NAE_ERA_R-1665_Eesti_Kunstnike_Liit, lk 66
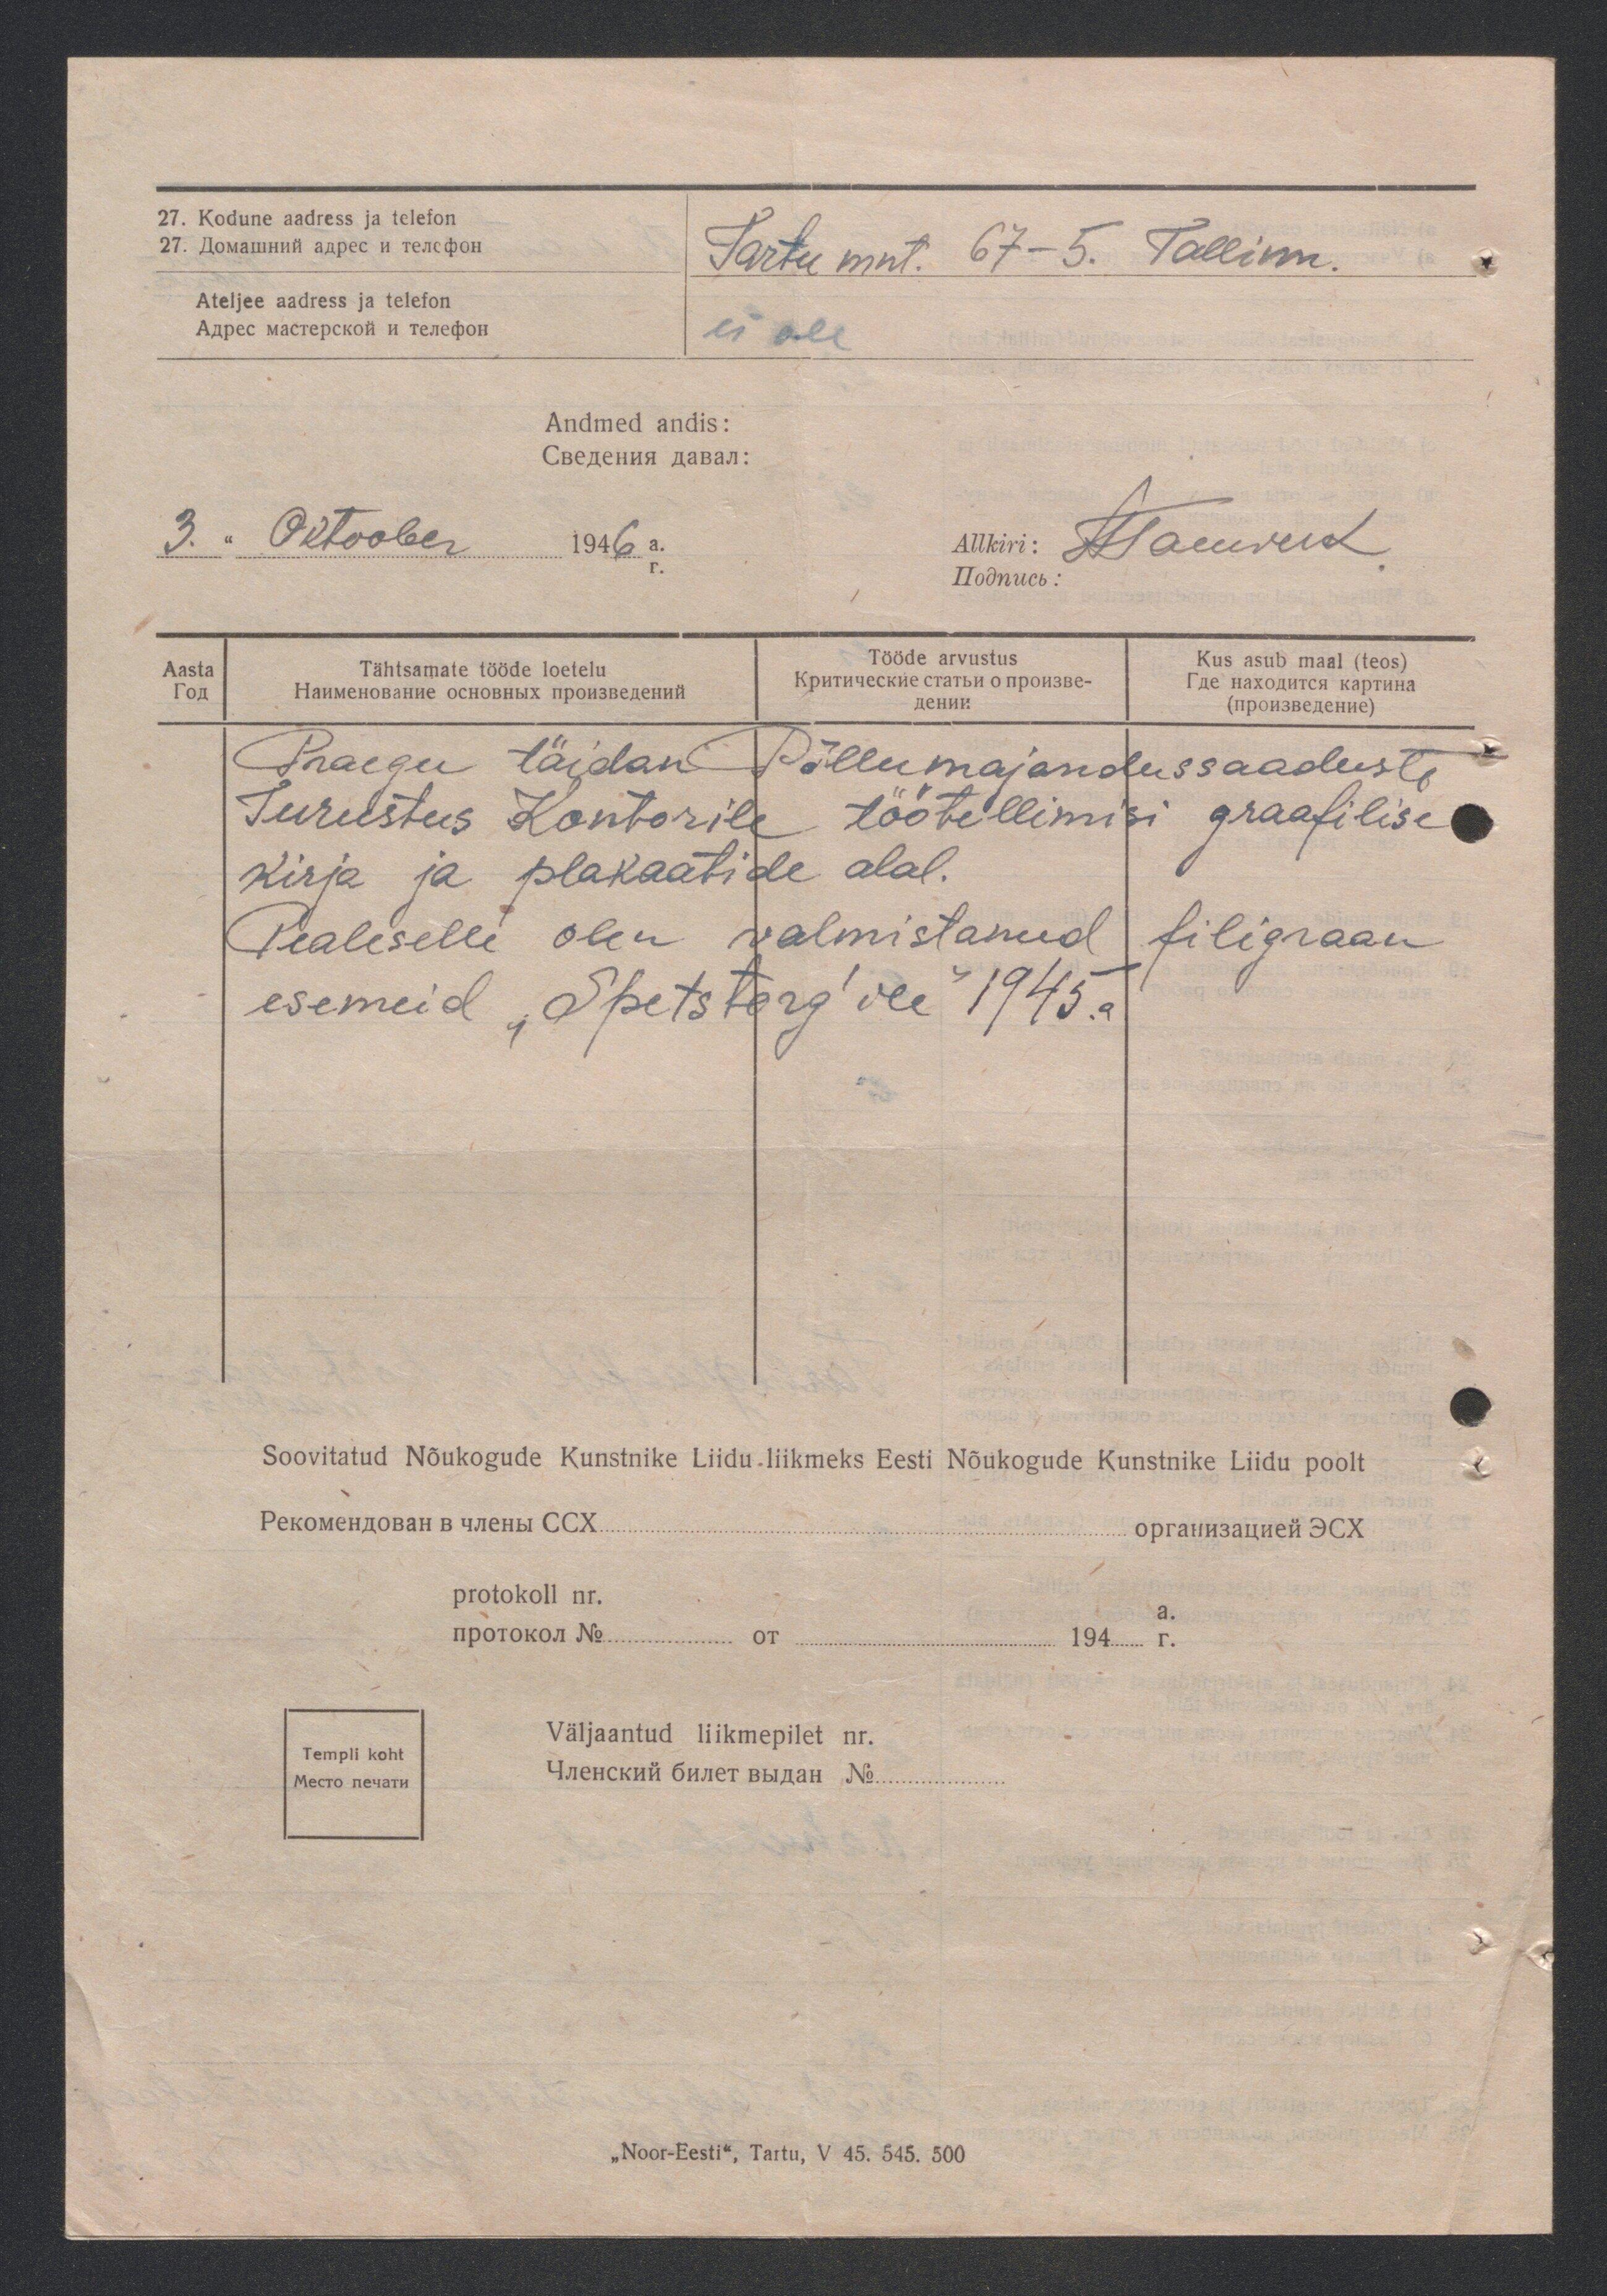
27. Kodune aadress ja telefon
Tartu mnt. 67-5. Tallinn.
Ateljee aadress ja telefon

ei ole.

Andmed andis:
3. " Oktoober 1946 a.
Allkiri:
Aasta
Tähtsamate tööde loetelu
Tööde arvustus
Kus asub maal (teos)
Praegu täidan Põllumajandussaaduste
Turustus Kontorile töötellimisi graafilise
kirja ja plakaatide alal.
Pealeselle olen valmistanud filigraan
esemeid "Spetstorg´ ile" 1945. a.

Soovitatud Nõukogude Kunstnike Liidu liikmeks Eesti Nõukogude Kunstnike Liidu poolt
protokoll nr.
a.

Templi koht

Väljaantud liikmepilet nr.

„Noor-Eesti", Tartu, V 45. 545. 500